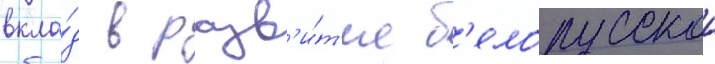
вкла́д в разв'и́т'ие б'елорусскои